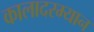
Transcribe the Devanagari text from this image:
कालादरम्यान